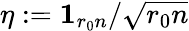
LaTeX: \eta:=\mathbf{1}_{r_{0}n}/\sqrt{r_{0}n}